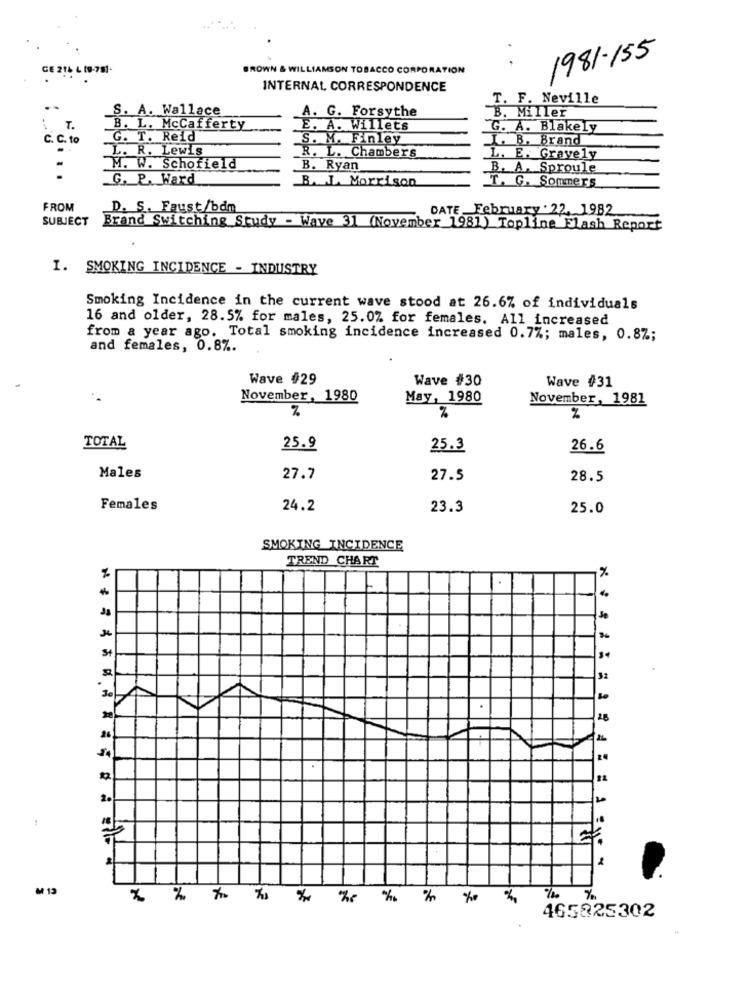
1981-155
GE 214 L (9-781-
BROWN & WILLIAMSON TOBACCO CORPORATION
INTERNAL CORRESPONDENCE
T. F. Neville
..
S. A. Wallace
A. G. Forsythe
B. Miller
T.
B. L. McCafferty
E. A. Willets
G. A. Blakely
C. C. to
G. T. Reid
S. M. Finley
I. B. Brand
L. R. Le
R. L. Chambers
L. E. Gravely
M. W. Schofield
B. Ryan
B. A. Sproule
.G. P. Ward
B. I. Morrison
T. G. Sommers
FROM
D. S. Faust/bdm
DATE February 22, 1982
SUBJECT
Brand Switching Study - Wave 31 (November_1981) Topline Flash Report
I. SMOKING INCIDENCE - INDUSTRY
Smoking Incidence in the current wave stood at 26.6% of individuals
16 and older, 28.5% for males, 25.07 for females. All_increased
from a year ago. Total smoking incidence increased 0.7%; males, 0.87;
and females, 0.8%.
Wave #29
Wave #30
Wave #31
November, 1980
May, 1980
November, 1981
N
%
%
TOTAL
25.9
25.3
26.6
Males
27.7
27.5
28.5
Females
24.2
23.3
25.0
SMOKING INCIDENCE
TREND CHART
%
Je
.
.
*** ******* **
M 13
%
465825302